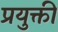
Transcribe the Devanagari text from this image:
प्रयुक्ती